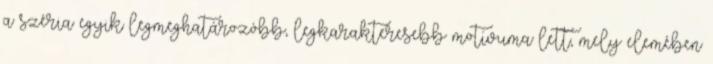
a széria egyik legmeghatározóbb, legkarakteresebb motívuma lett, mely elemében